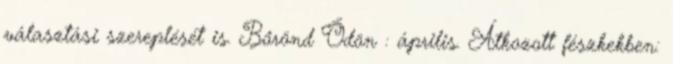
választási szereplését is. Bőrönd Ödön : április. Átkozott fészkekben: